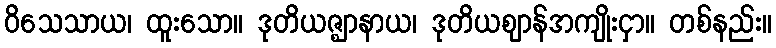
ဝိသေသာယ၊ ထူးသော။ ဒုတိယဇ္ဈာနာယ၊ ဒုတိယဈာန်အကျိုးငှာ။ တစ်နည်း။